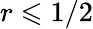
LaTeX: r\leqslant 1/2